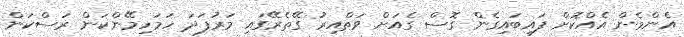
އެންމެން އެއްކޮށް ފައިބައިގެން ގޮސް ގެއަށް ވަތްއިރު ގޭތެރޭގައި މަރުފަދަ ހަމަހިމޭންކަން ރަސްކަން